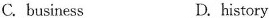
C.business D.history